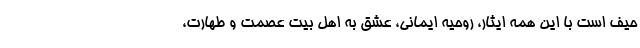
حیف است با این همه ایثار، روحیه ایمانی، عشق به اهل بیت عصمت و طهارت،